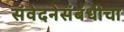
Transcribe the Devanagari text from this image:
संवेदनेसंबंधीचा